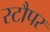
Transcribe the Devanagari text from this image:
स्टौपर